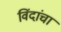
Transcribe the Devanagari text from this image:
विंदांचा